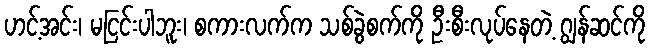
ဟင့်အင်း၊ မငြင်းပါဘူး၊ စကားလက်က သစ်ခွဲစက်ကို ဦးစီးလုပ်နေတဲ့ ဂျွန်ဆင်ကို